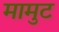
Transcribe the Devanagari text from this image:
मामुट